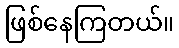
ဖြစ်နေကြတယ်။